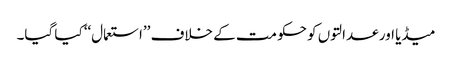
میڈیا اور عدالتوں کو حکومت کے خلاف ’’استعمال‘‘ کیا گیا۔